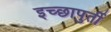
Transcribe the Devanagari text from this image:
इच्छापुर्ती